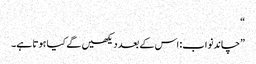
“
”چاند نواب: اس کے بعد دیکھیں گے کیا ہوتا ہے۔